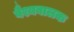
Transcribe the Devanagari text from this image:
वैश्यबालक